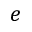
e